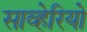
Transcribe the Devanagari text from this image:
साव्हेरियो